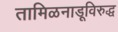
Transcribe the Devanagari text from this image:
तामिळनाडूविरुद्ध